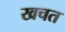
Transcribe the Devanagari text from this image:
खचत